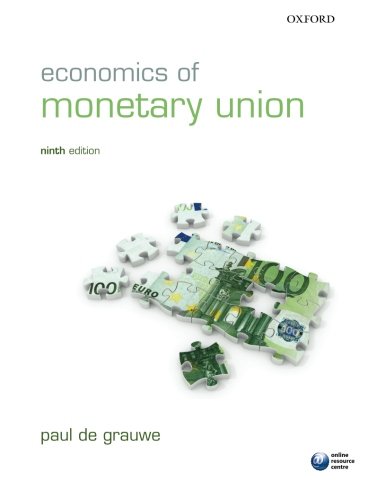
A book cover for Economics of Monetary Union; Paul De Grauwe; Business & Money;